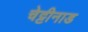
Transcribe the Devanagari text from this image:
चेट्टीनाड